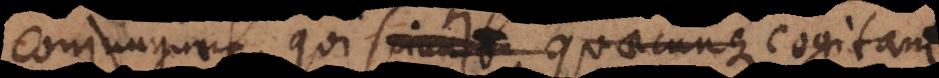
conjungunt, qui sciunt, quaecunque quaecu